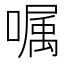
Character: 嘱